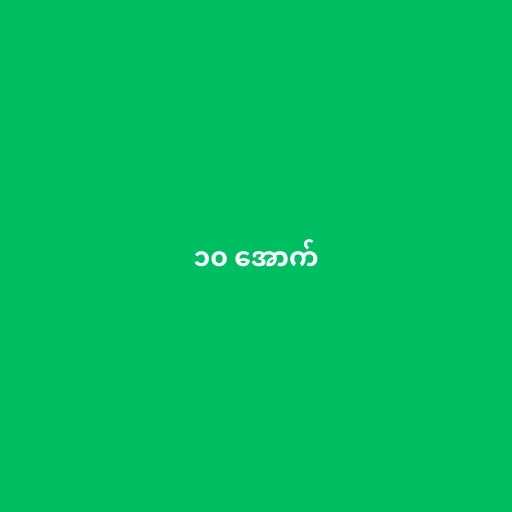
၁၀ အောက်